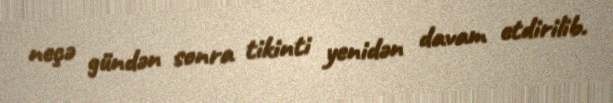
neçə gündən sonra tikinti yenidən davam etdirilib.